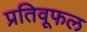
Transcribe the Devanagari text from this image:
प्रतिवूफल